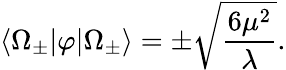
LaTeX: \langle\Omega_{\pm}|\varphi|\Omega_{\pm}\rangle=\pm{\sqrt{\frac{6\mu^{2}}{\lambda}}}.